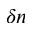
\delta n